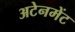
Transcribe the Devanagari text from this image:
अटेनमेंट